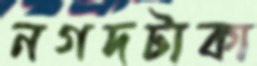
নগদটাকা